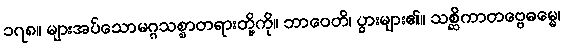
၁၇၈။ များအပ်သောမဂ္ဂသစ္စာတရားတို့ကို။ ဘာဝေတိ၊ ပွားများ၏။ သစ္ဆိကာတဗ္ဗေဓမ္မေ၊